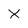
Character: X